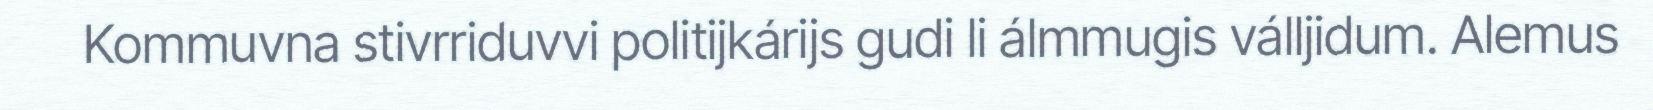
Kommuvna stivrriduvvi politijkárijs gudi li álmmugis válljidum. Alemus